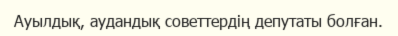
Ауылдық, аудандық советтердің депутаты болған.